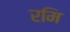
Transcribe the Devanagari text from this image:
रमि